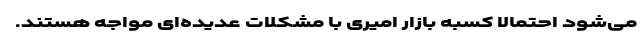
می‌شود احتمالاً کسبه بازار امیری با مشکلات عدیده‌ای مواجه هستند.